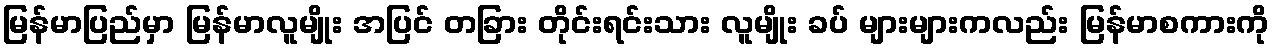
မြန်မာပြည်မှာ မြန်မာလူမျိုး အပြင် တခြား တိုင်းရင်းသား လူမျိုး ခပ် များများကလည်း မြန်မာစကားကို